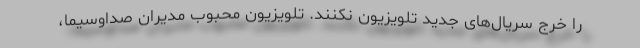
را خرج سریال‌های جدید تلویزیون نکنند. تلویزیون محبوب مدیران صداوسیما،